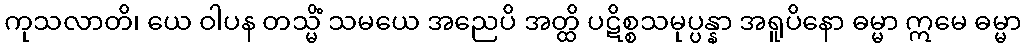
ကုသလာတိ၊ ယေ ဝါပန တသ္မိံ သမယေ အညေပိ အတ္ထိ ပဋိစ္စသမုပ္ပန္နာ အရူပိနော ဓမ္မာ ဣမေ ဓမ္မာ